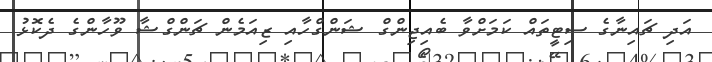
އަދި ޗައިނާގެ ސިޓީތައް ކަމަށްވާ ބެއިޖިންގް ޝަންގްހާއި ޒިއަމެން ޗަންގްޝާ ވޫހާންގެ ދެކޮޅު